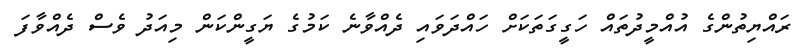
ރައްޔިތުންގެ އުއްމީދުތައް ހަގީގަތަކަށް ހައްދަވައި ދެއްވާނެ ކަމުގެ ޔަގީންކަން މިއަދު ވެސް ދެއްވާފަ